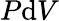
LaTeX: P\mathrm{d}V